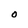
Character: O